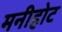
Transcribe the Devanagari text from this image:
मनीहोट